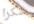
شكرا